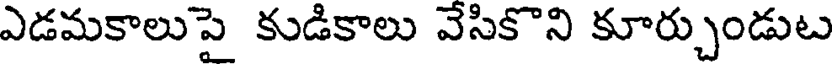
ఎడమకాలుపై కుడికాలు వేసికొని కూర్చుండుట